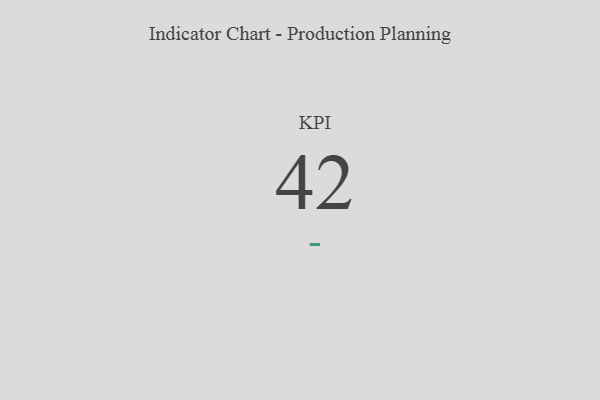
{"axis": {"x": "KPI", "y": "Value"}, "legend": [""], "data": [{"x": "KPI", "y": 42, "type": ""}]}